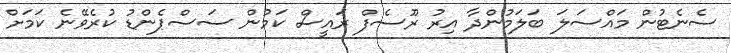
ސެނެޓުން މައްސަލަ ބަލަމުންދާ އިރު ރޫސެފް ރައީސް ކަމުން ސަސްޕެންޑު ކުރެވޭނެ ކަމަށް